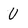
Character: U